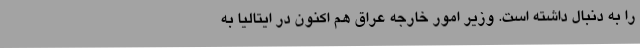
را به دنبال داشته است. وزیر امور خارجه عراق هم اکنون در ایتالیا به